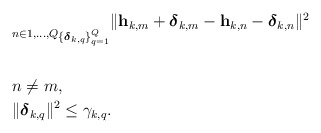
\begin{align*}\begin{aligned}& \underset{n \in {1, \ldots , Q}}{} \underset{\{\boldsymbol{\delta}_{k,q}\}_{q = 1}^Q}{} \| \mathbf{h}_{k,m} + \boldsymbol{\delta}_{k,m} - \mathbf{h}_{k,n} - \boldsymbol{\delta}_{k,n}\|^2 \\& \\& n \neq m, \\& \|\boldsymbol{\delta}_{k,q}\|^2 \leq \gamma_{k,q}.\\\end{aligned}\end{align*}